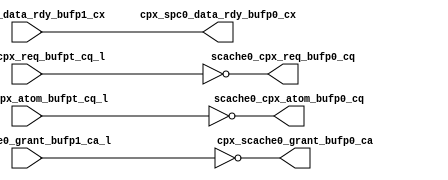
module cpx_buf_p0(
   scache0_cpx_req_bufp0_cq, scache0_cpx_atom_bufp0_cq, 
   cpx_scache0_grant_bufp0_ca, cpx_spc0_data_rdy_bufp0_cx, 
   scache0_cpx_req_bufpt_cq_l, scache0_cpx_atom_bufpt_cq_l, 
   cpx_scache0_grant_bufp1_ca_l, cpx_spc0_data_rdy_bufp1_cx
   );
   output [7:0]		scache0_cpx_req_bufp0_cq;	
   output 		scache0_cpx_atom_bufp0_cq;	
   output [7:0]		cpx_scache0_grant_bufp0_ca;
   output 		cpx_spc0_data_rdy_bufp0_cx;
   input [7:0]		scache0_cpx_req_bufpt_cq_l;	
   input 		scache0_cpx_atom_bufpt_cq_l;	
   input [7:0]		cpx_scache0_grant_bufp1_ca_l;
   input 		cpx_spc0_data_rdy_bufp1_cx;
   assign 		scache0_cpx_req_bufp0_cq[7:0]		=        ~scache0_cpx_req_bufpt_cq_l[7:0];
   assign 		scache0_cpx_atom_bufp0_cq		=        ~scache0_cpx_atom_bufpt_cq_l;
   assign               cpx_scache0_grant_bufp0_ca              =        ~cpx_scache0_grant_bufp1_ca_l;
   assign     		cpx_spc0_data_rdy_bufp0_cx              =	 cpx_spc0_data_rdy_bufp1_cx;
endmodule